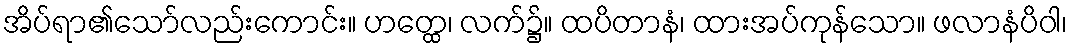
အိပ်ရာ၏သော်လည်းကောင်း။ ဟတ္ထေ၊ လက်၌။ ထပိတာနံ၊ ထားအပ်ကုန်သော။ ဖလာနံပိဝါ၊